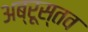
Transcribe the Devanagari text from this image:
अब्रूस्तव